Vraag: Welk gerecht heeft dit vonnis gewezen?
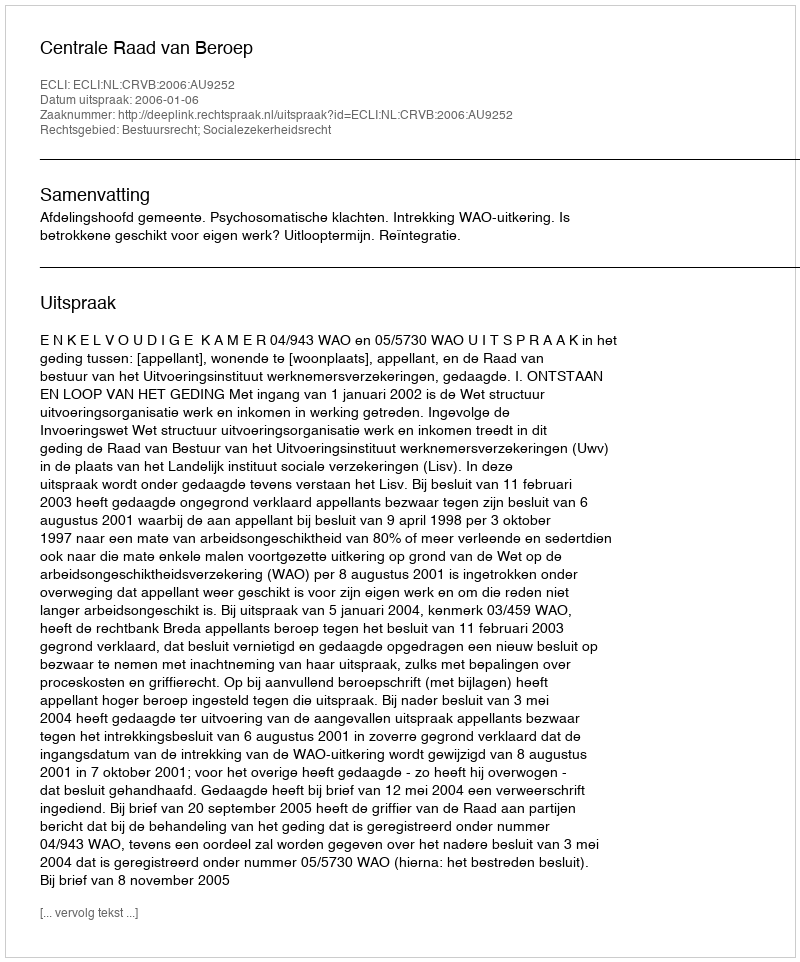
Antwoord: Centrale Raad van Beroep